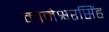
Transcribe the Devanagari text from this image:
कामेश्वरसिंह